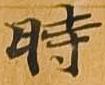
時